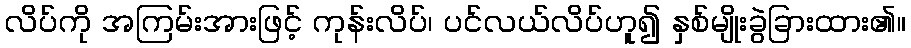
လိပ်ကို အကြမ်းအားဖြင့် ကုန်းလိပ်၊ ပင်လယ်လိပ်ဟူ၍ နှစ်မျိုးခွဲခြားထား၏။